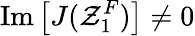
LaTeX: \mathrm{Im}\left[J(\mathcal{Z}_{1}^{F})\right]\ne 0